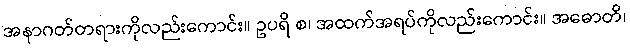
အနာဂတ်တရားကိုလည်းကောင်း။ ဥပရိ စ၊ အထက်အရပ်ကိုလည်းကောင်း။ အဓောတိ၊